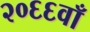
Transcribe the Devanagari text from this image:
२०६६वाँ